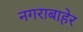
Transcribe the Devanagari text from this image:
नगराबाहेर